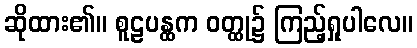
ဆိုထား၏။ စူဠပန္ထက ဝတ္ထု၌ ကြည့်ရှုပါလေ။